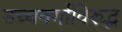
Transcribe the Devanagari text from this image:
उच्चवर्गाविरुद्ध